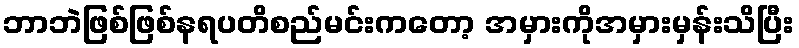
ဘာဘဲဖြစ်ဖြစ်နရပတိစည်မင်းကတော့ အမှားကိုအမှားမှန်းသိပြီး